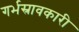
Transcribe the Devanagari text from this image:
गर्भस्रावकारी